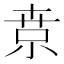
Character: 𡮃